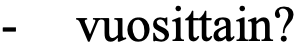
- vuosittain?